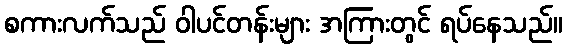
စကားလက်သည် ဝါပင်တန်းများ အကြားတွင် ရပ်နေသည်။